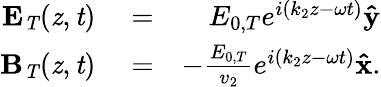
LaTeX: \begin{array}{rlr}{\mathbf{E}_{\mathit{T}}(\mathit{z},\mathit{t})}&{{}=}&{E_{0,T}e^{i(k_{2}z-\omega t)}\mathbf{\hat{y}}}\\ {\mathbf{B}_{\mathit{T}}(\mathit{z},\mathit{t})}&{{}=}&{-\frac{E_{0,T}}{v_{2}}e^{i(k_{2}z-\omega t)}\mathbf{\hat{x}}.}\end{array}